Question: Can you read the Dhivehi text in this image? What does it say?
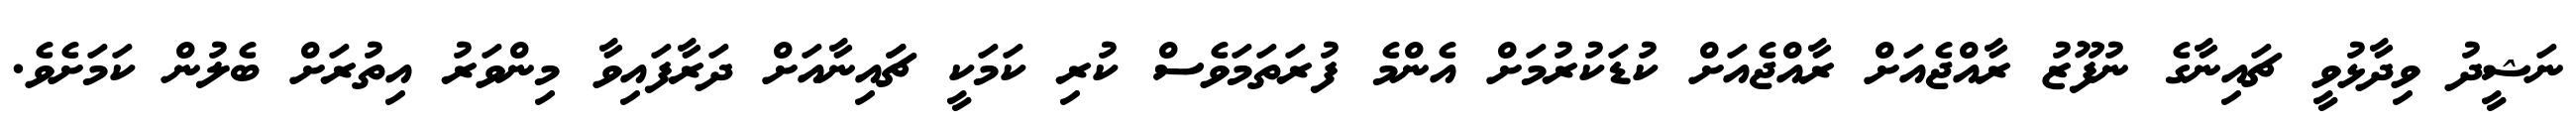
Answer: ނަޝީދު ވިދާޅުވީ ޗައިނާގެ ނުފޫޒު ރާއްޖެއަށް ރާއްޖެއަށް ކުޑަކުރުމަށް އެންމެ ފުރަތަމަވެސް ކުރި ކަމަކީ ޗަައިނާއަށް ދަރާފައިވާ މިންވަރު އިތުރަށް ބެލުން ކަމަށެވެ.